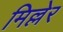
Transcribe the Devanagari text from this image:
मिल्लेर